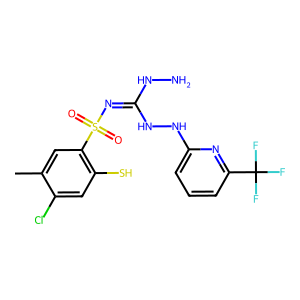
SMILES: Cc1cc(S(=O)(=O)N=C(NN)NNc2cccc(C(F)(F)F)n2)c(S)cc1Cl
Inhibits HIV replication: No